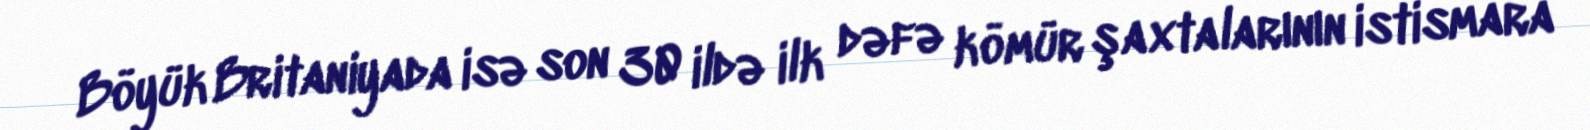
Böyük Britaniyada isə son 30 ildə ilk dəfə kömür şaxtalarının istismara